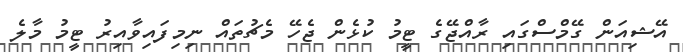
އޭޝިއަން ގޭމްސްގައި ރާއްޖޭގެ ޓީމު ކުޅެން ޖެހޭ މެޗުތައް ނިމިފައިވާއިރު ޓީމު މާލެ